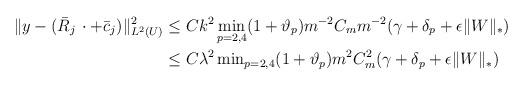
LaTeX: \begin{align*}\Vert y - (\bar{R}_j \, \cdot + \bar{c}_j)\Vert^2_{L^2(U)} & \le Ck^2 \min_{p=2,4}(1+\vartheta_p) m^{-2} C_m m^{-2} ( \gamma + \delta_{p} + \epsilon\Vert W\Vert_*) \\& \le C \lambda^2 \min\nolimits_{p=2,4}(1+\vartheta_p) m^{2} C^2_m (\gamma + \delta_p + \epsilon \Vert W \Vert_*)\end{align*}